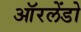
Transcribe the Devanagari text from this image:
ऑरलेंडो